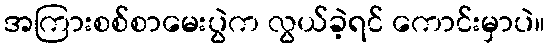
အကြားစစ်စာမေးပွဲက လွယ်ခဲ့ရင် ကောင်းမှာပဲ။